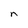
Character: n